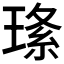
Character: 𤦰